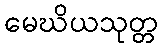
မေဃိယသုတ္တ